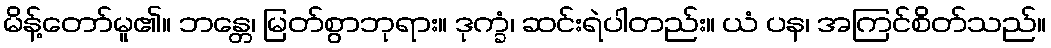
မိန့်တော်မူ၏။ ဘန္တေ၊ မြတ်စွာဘုရား။ ဒုက္ခံ၊ ဆင်းရဲပါတည်း။ ယံ ပန၊ အကြင်စိတ်သည်။